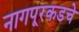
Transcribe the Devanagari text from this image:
नागपूरकडचे